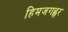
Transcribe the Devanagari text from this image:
हिमजगह्वर